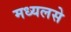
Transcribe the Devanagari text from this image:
मध्यलसे